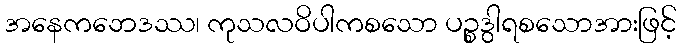
အနေကဘေဒဿ၊ ကုသလဝိပါကစသော ပဉ္စဒွါရစသောအားဖြင့်